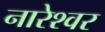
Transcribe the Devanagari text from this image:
नारेश्‍वर